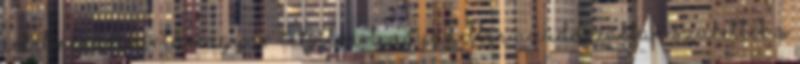
értelmére vezérlő magyar leksikon-t. Ugyanebben az időszakban születtek A